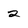
Character: 2